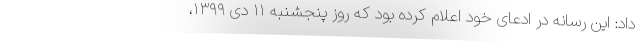
داد: این رسانه در ادعای خود اعلام کرده بود که روز پنجشنبه ۱۱ دی‌ ۱۳۹۹،